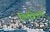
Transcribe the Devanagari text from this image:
निमंत्रितांनी